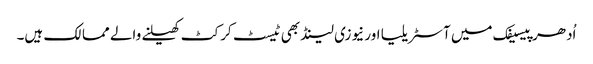
اُدھر پیسیفک میں آسٹریلیا اور نیوزی لینڈ بھی ٹیسٹ کرکٹ کھیلنے والے ممالک ہیں۔